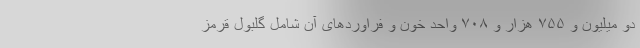
دو میلیون و ۷۵۵ هزار و ۷۰۸ واحد خون و فراوردهای آن شامل گلبول قرمز